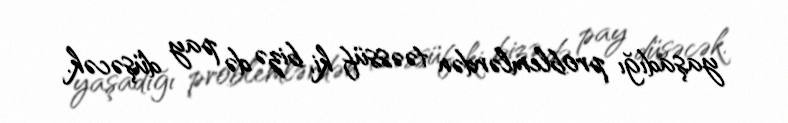
yaşadığı problemlərdən təəssüf ki, bizə də pay düşəcək.